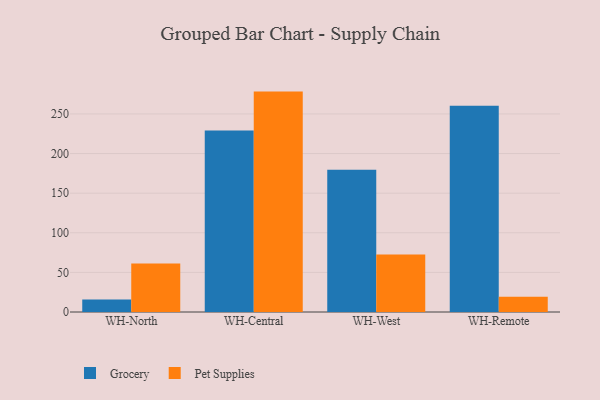
{"axis": {"x": "Warehouse", "y": "Market Share (%)"}, "legend": ["Grocery", "Pet Supplies"], "data": [{"x": "WH-North", "y": 15.7, "type": "Grocery"}, {"x": "WH-North", "y": 61.3, "type": "Pet Supplies"}, {"x": "WH-Central", "y": 229.1, "type": "Grocery"}, {"x": "WH-Central", "y": 278.2, "type": "Pet Supplies"}, {"x": "WH-West", "y": 179.7, "type": "Grocery"}, {"x": "WH-West", "y": 72.7, "type": "Pet Supplies"}, {"x": "WH-Remote", "y": 260.2, "type": "Grocery"}, {"x": "WH-Remote", "y": 19.2, "type": "Pet Supplies"}]}